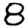
Digit: 8